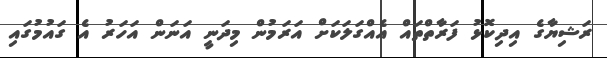
ރަޝިޔާގެ އިދިކޮޅު ފަރާތްތައް އެއްގަލަކަށް އަރަމުން މިދަނީ އަނަން އަހަރު އެ ގައުމުގައި